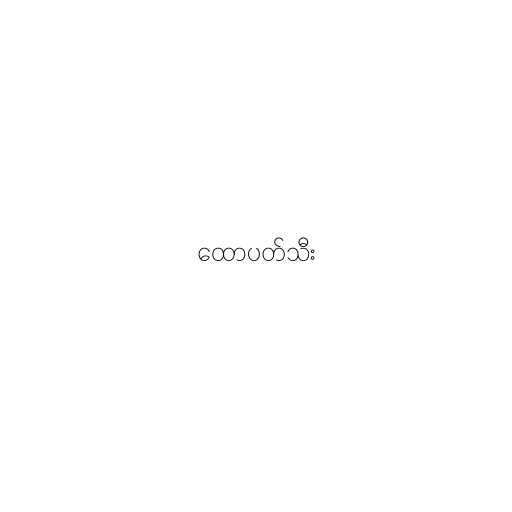
ထောပတ်သီး